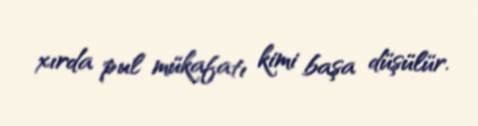
xırda pul mükafatı kimi başa düşülür.